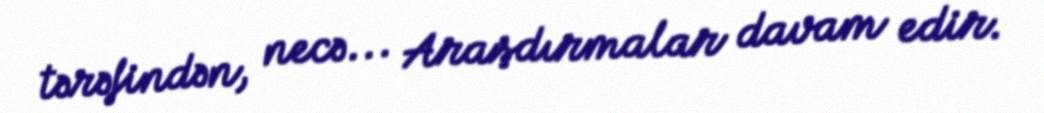
tərəfindən, necə... Araşdırmalar davam edir.